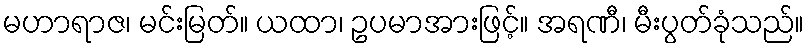
မဟာရာဇ၊ မင်းမြတ်။ ယထာ၊ ဥပမာအားဖြင့်။ အရဏီ၊ မီးပွတ်ခုံသည်။